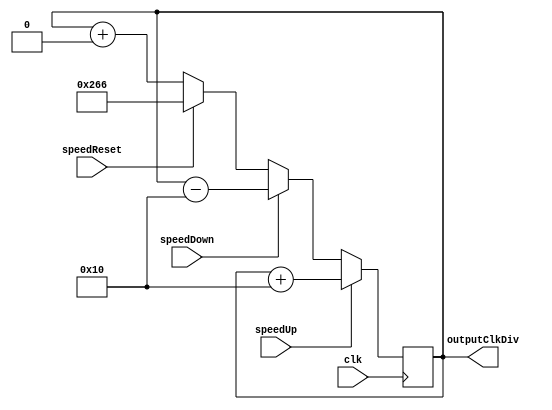
/* Note: speed_up/down events handles talking to KEY[2:0]*/

module audioSpeed(clk, speedUp, speedDown, speedReset, outputClkDiv);

input clk, speedUp, speedDown, speedReset;
output [31:0] outputClkDiv; //output: constant to input into clkdiv to change freq.
reg [31:0] outputClkDiv;

parameter speed22KHz    = 32'd614; //recall: div_clk_count = 27MHz/(2f), f = 22KHz. 
                                   //Notice use 27MHz b/c used in clkDiv
parameter deltaSpeed    = 32'd16;  //increment one hex val on HEX

reg [31:0] outputClkDivTemp = speed22KHz;
always @(posedge clk) begin
    if (speedUp) outputClkDivTemp <= outputClkDivTemp + deltaSpeed;
    else if (speedDown) outputClkDivTemp <= outputClkDivTemp - deltaSpeed;
    else if (speedReset) outputClkDivTemp <= speed22KHz;
    else outputClkDivTemp <= outputClkDivTemp + 0;
end

always @(*) begin
    outputClkDiv = outputClkDivTemp;
end

endmodule